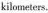
kilometers.